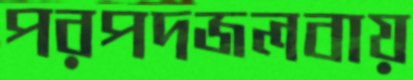
পরপদজলবায়